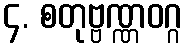
၄. စတုဗ္ဗဏ္ဏဝဂ္ဂ